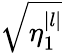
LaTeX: \sqrt{\eta_{1}^{|l|}}